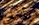
يأخذنا